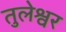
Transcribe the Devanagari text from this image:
तुलेश्वर